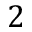
2